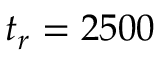
t _ { r } = 2 5 0 0